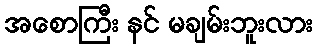
အစောကြီး နင် မချမ်းဘူးလား